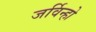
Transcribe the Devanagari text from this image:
जर्विन्हो